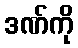
ဒဏ်ကို